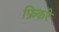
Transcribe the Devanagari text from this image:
फ़िकरे